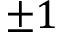
\pm 1